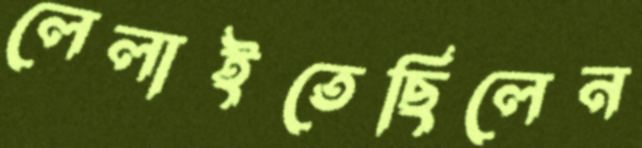
লেলাইতেছিলেন